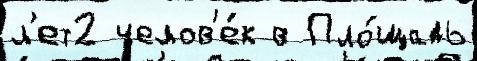
л'ет2 челов'е́к в Пло́щадь